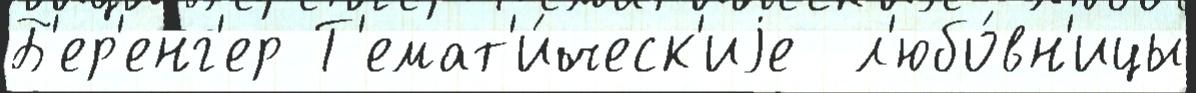
Б'ер'енг'ер Т'емат'и́ческ'иjе  л'юбо́вн'ицы